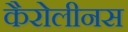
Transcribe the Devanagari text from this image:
कैरोलीनस